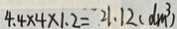
4 . 4 \times 4 \times 1 . 2 = 2 1 . 1 2 ( d m ^ { 3 } )